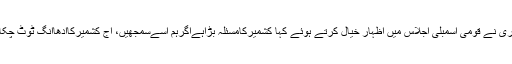
تفصیلات کے مطابق سابق صدر آصف علی زرداری نے قومی اسمبلی اجلاس میں اظہار خیال کرتے ہوئے کہا کشمیرکامسئلہ بڑاہےاگرہم اسےسمجھیں، آج کشمیرکاآدھاانگ ٹوٹ چکاہے، قائداعظم نےکہاتھا2قومی نظریہ ہی چلےگا۔